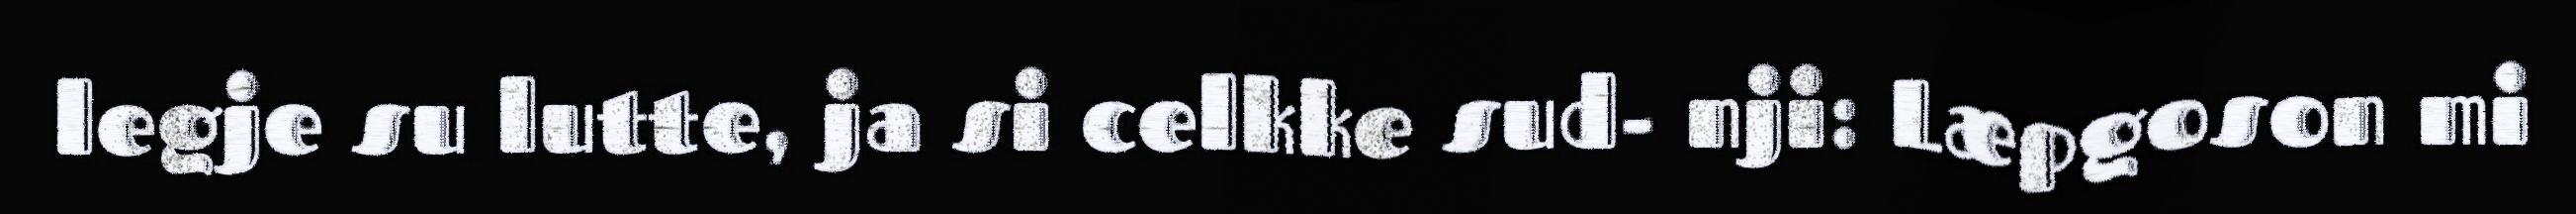
legje su lutte, ja si celkke sud- nji: Læpgoson mi